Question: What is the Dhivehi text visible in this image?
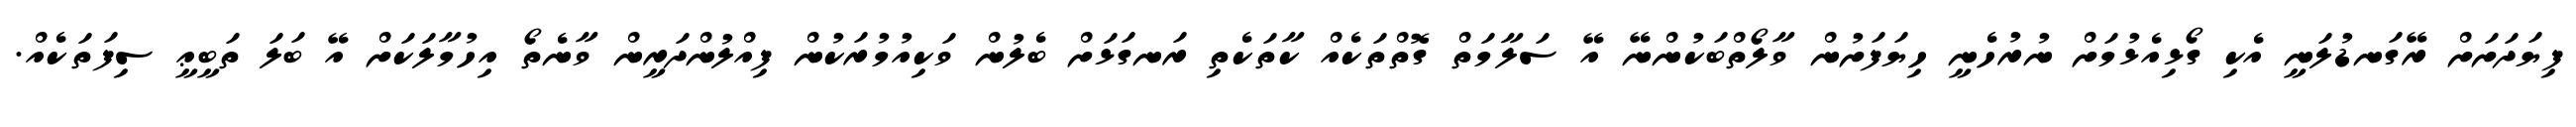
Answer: ފިޔަދަށަށް ރޭގަނޑުލަނީ އެކި ގޯޅިއެޅުމަށް ނުރުހެނީ ހިޔަފަށުން ވާލޯތްބަކުންނޭ އޭ ސަލާމަތް ގޮތްތަކެއް ކާތަކެތި ރަނގަޅަށް ބެލުން ވަކިއުމުރަކުން ފިއްލުންދަރީން ވާނެތޯ އިހުމާލަކަށް އޭ ބަލަ ތަބީޢީ ސިފަތަކެއް.